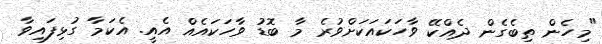
"މިހެން ތިބެގެން ދެއްކޭ ވާހަކައަކަށްވުރެ މާ ބޮޑު ވާހަކައެއް އެއީ. އެކަމާ ގުޅިފައިވާ